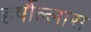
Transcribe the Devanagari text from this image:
हर्षौल्लास